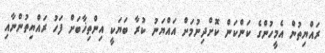
ރައްޔިތުން އެމީހުންގެ ކަންކަން ކޮށްދިނުމަށް އައްޔަނު ކުރާ ބަޔަކީ އިންތިޚާބަށް ފަހު ރައްޔިތުންނާއި